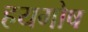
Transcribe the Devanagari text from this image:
हयगोष